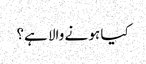
کیا ہو نے والا ہے؟